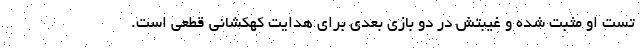
تست او مثبت شده و غیبتش در دو بازی بعدی برای هدایت کهکشانی قطعی است.